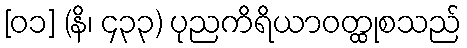
[၀၁] (နိ၊ ၄၃၃) ပုညကိရိယာဝတ္ထုစသည်